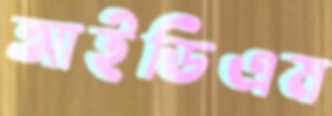
আইডিএম